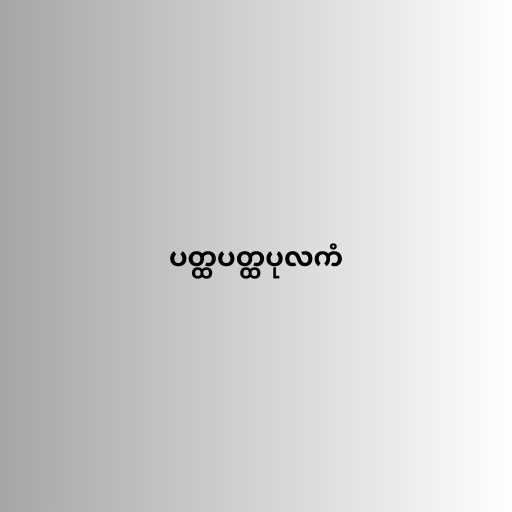
ပတ္ထပတ္ထပုလကံ